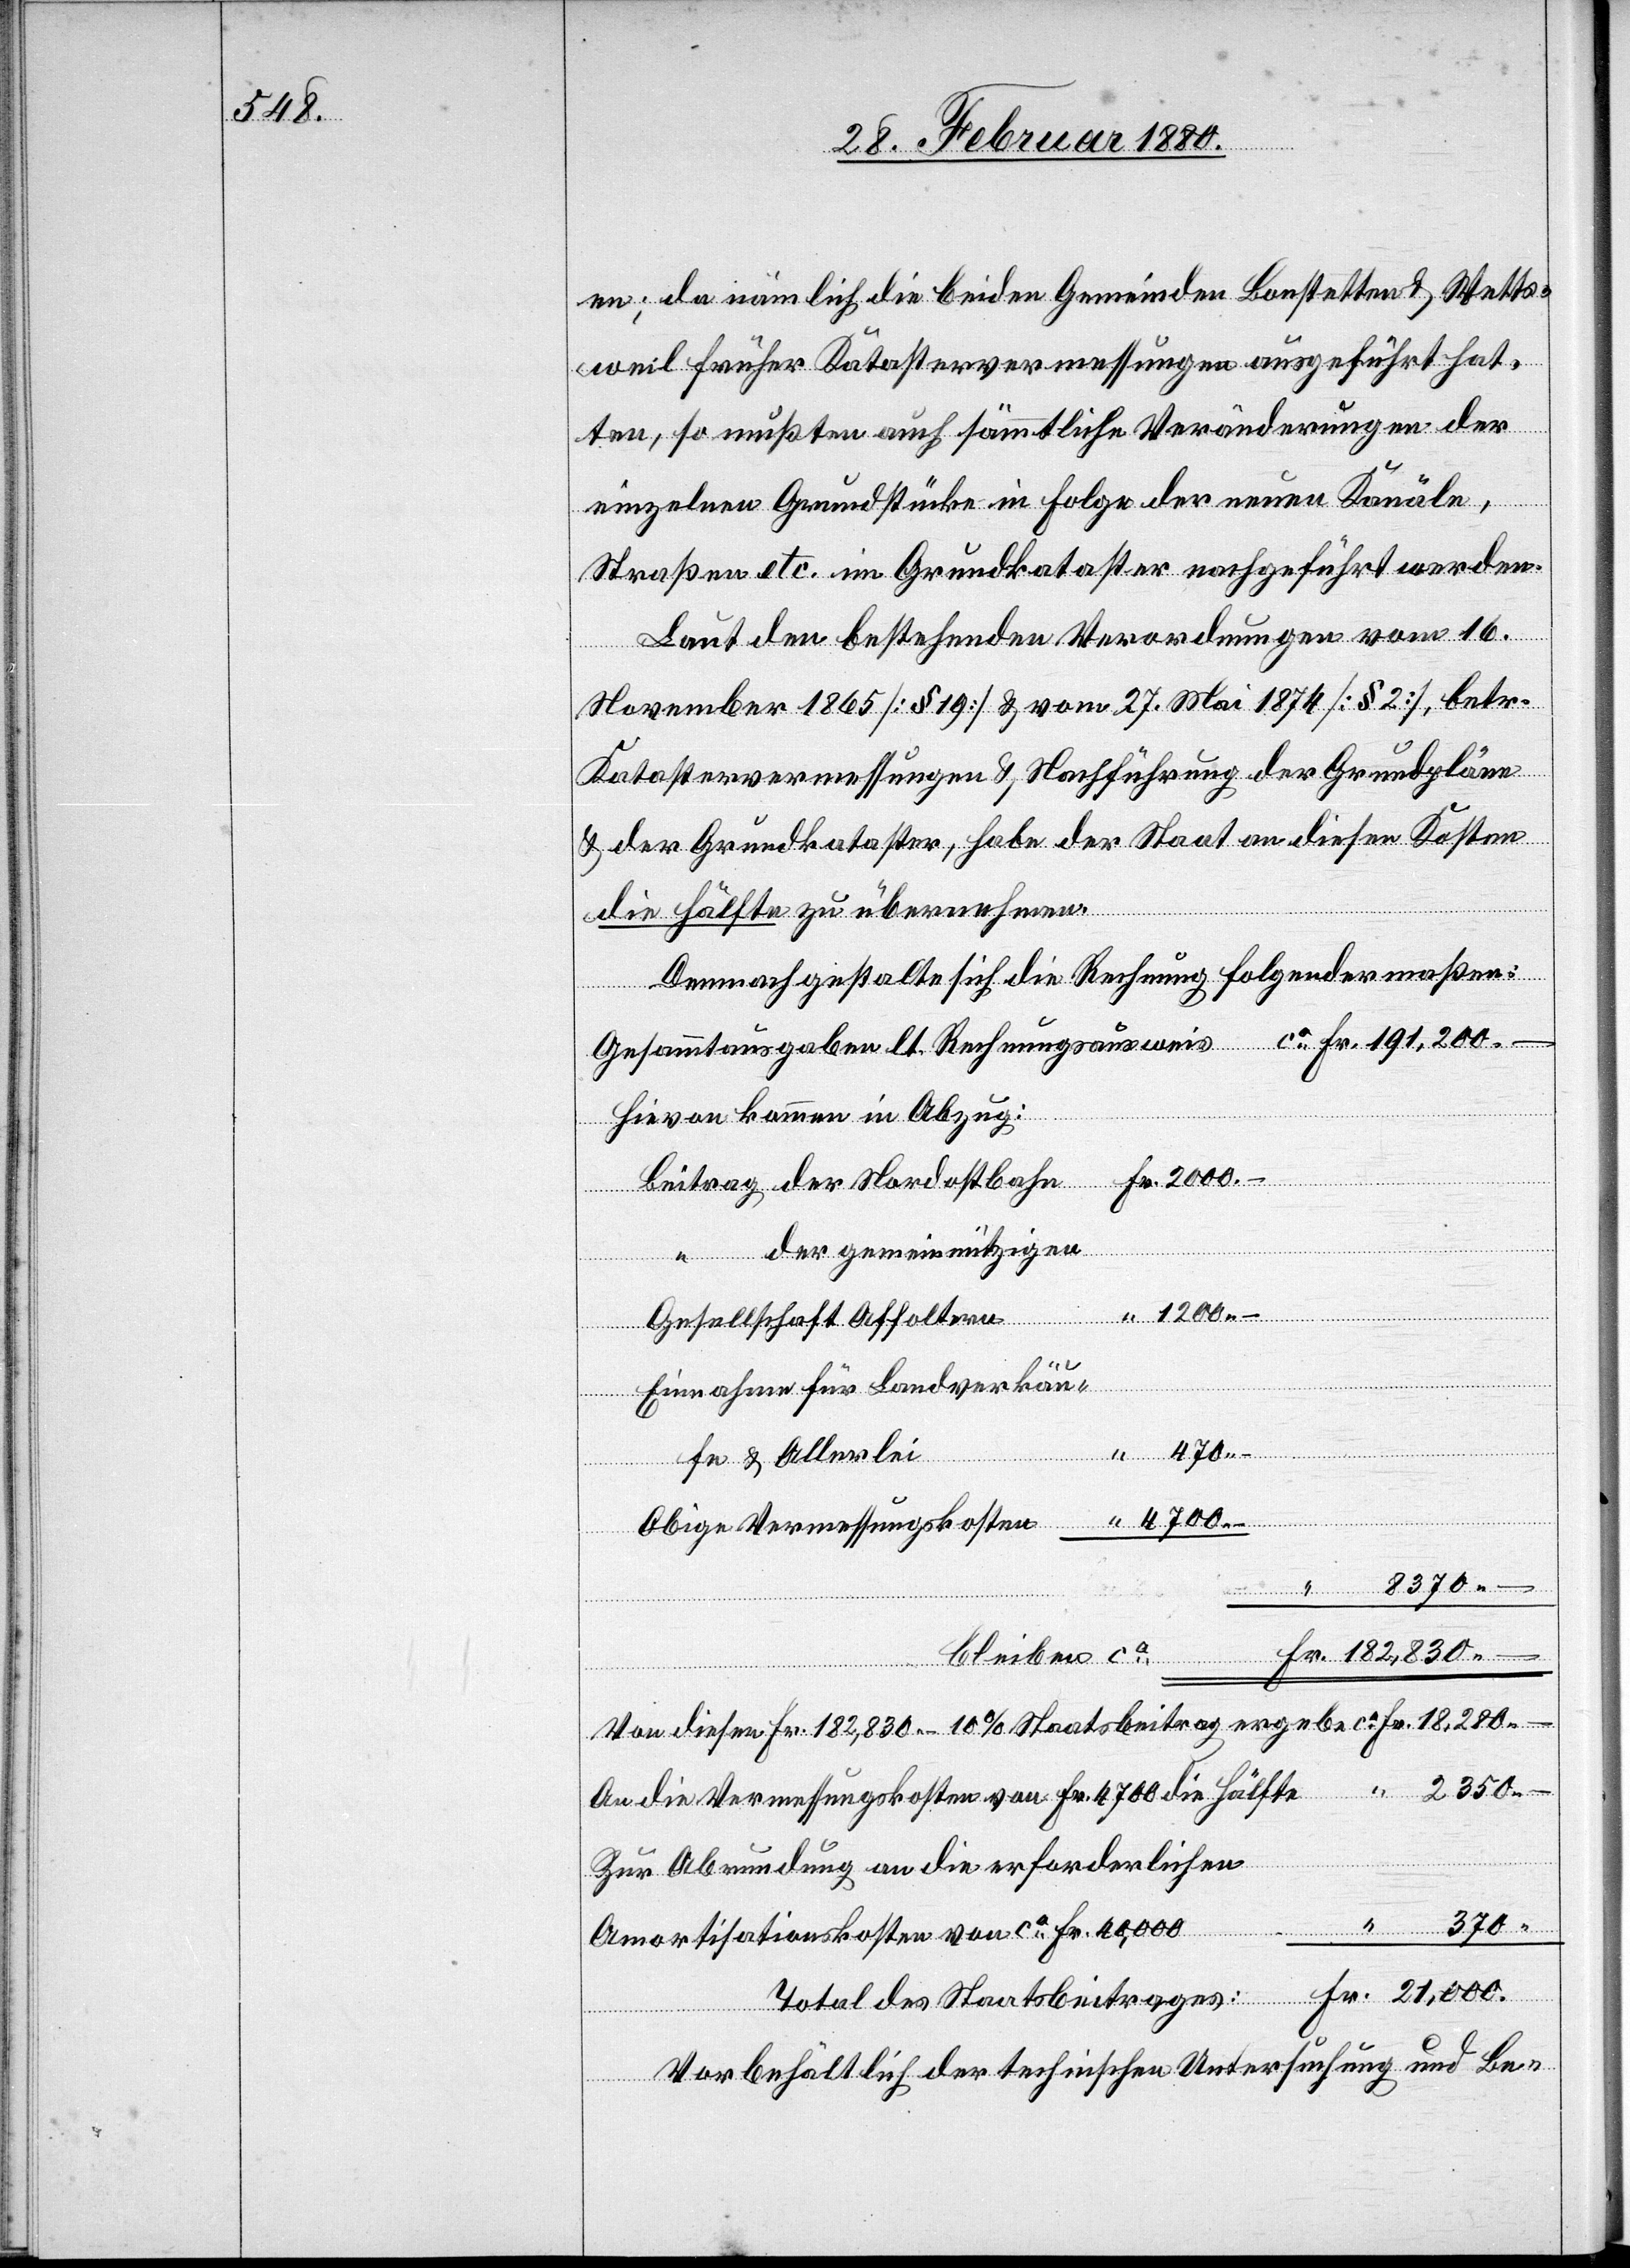
000.

en; da nämlich die beiden Gemeinden Bonstetten & Wetts¬
weil früher Katastervermessungen ausgeführt hat¬
ten, so mußten auch sämmtliche Veränderungen der
einzelnen Grundstücke in Folge der neuen Kanäle,
Straßen etc. im Grundkataster nachgeführt werden.
Laut den bestehenden Verordnungen vom 16.
November 1865 [§ 19] & vom 27. Mai 1874 [§ 2], betr.
Katastervermessungen & Nachführung der Grundpläne
& der Grundkataster, habe der Staat an diesen Kosten
die Hälfte zu übernehmen.
Demnach gestalte sich die Rechnung folgendermaßen:
Hievon kommen in Abzug:
21,
“
der gemeinnützigen
Gesellschaft Affoltern
“
Einnahme für Landverkäu¬
fe & Allerlei
Obige Vermessungskosten
8370.
Gesammtausgabe
bleiben ca
Von diesen Fr. 182, 830.– 10 % Staatsbeitrag ergebe ca
An diese Vermessungskosten von Fr. 4700 die Hälfte
Zur Abrundung an die erforderlichen
Amortisationskosten von ca Fr. 40,000
Vorbehältlich der technischen Untersuchung und Be-